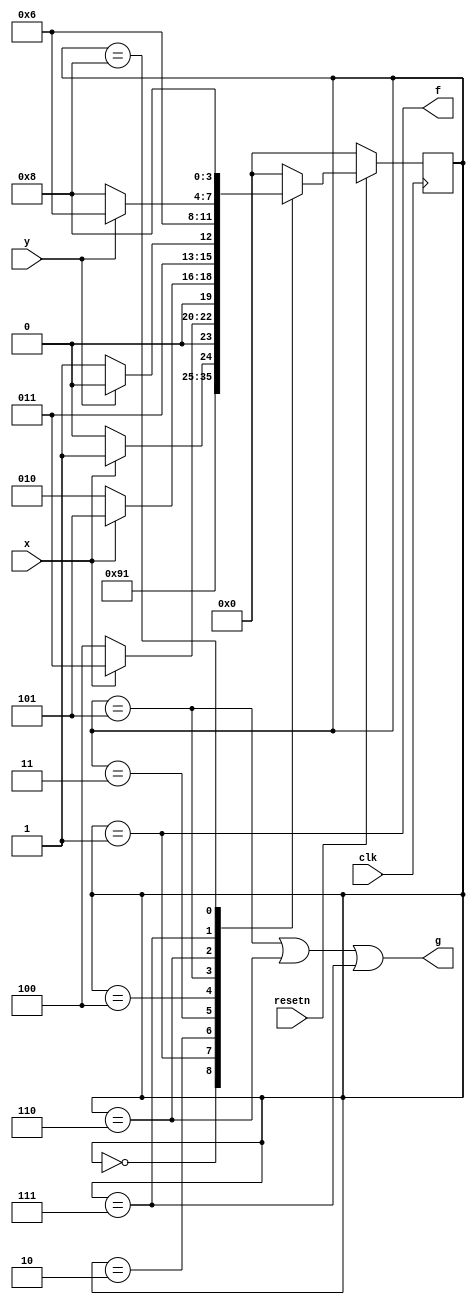
module top_module (
    input clk,
    input resetn,    // active-low synchronous reset
    input x,
    input y,
    output f,
    output g
); 
    parameter
	A = 4'd0,
    Af= 4'd1,
    B0= 4'd2,
    B1= 4'd3,
    B2= 4'd4,
    B3= 4'd5,
    G1= 4'd6,
    G0_1= 4'd7,
    G0_2= 4'd8;
    
    reg [3:0] state,next_state;
    always@(posedge clk) begin
        if(!resetn) state <= A;
        else state <= next_state;
    end
    always@(*) begin
        case(state)
            A: next_state = Af; // output f to 1 in the very next cycle
            Af:next_state = B0; // output f to 1 for one clock cycle
            B0:next_state = x? B1: B0;
            B1:next_state = x? B1: B2;
            B2:next_state = x? B3: B0;
            B3:next_state = y? G1: G0_1;
            G1:next_state = G1; //maintain for g=1
            G0_1:next_state = y? G1: G0_2;
            G0_2:next_state = G0_2; //maintain for g=2
            default next_state = A;
        endcase
    end
    
    assign g = (state==B3)||(state==G1)||(state==G0_1); //includes G0_1 becausee g should be set to 1 after the 101 cycle
    assign f = (state==Af);
    
endmodule